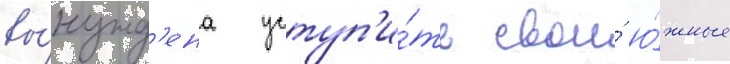
вы́нужд'ена уступ'и́ть свои́ ю́жные